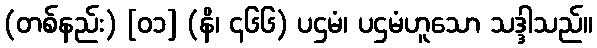
(တစ်နည်း) [၀၁] (နိ၊ ၄၆၆) ပဌမံ၊ ပဌမံဟူသော သဒ္ဒါသည်။